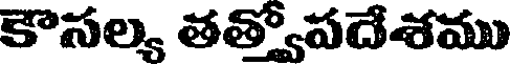
కౌసల్య తత్వోపదేశము